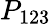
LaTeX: P_{123}